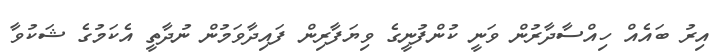
އިރު ބައެއް ހިއްސާދާރުން ވަނީ ކުންފުނީގެ ވިޔަފާރިން ފައިދާވަމުން ނުދާތީ އެކަމުގެ ޝަކުވާ